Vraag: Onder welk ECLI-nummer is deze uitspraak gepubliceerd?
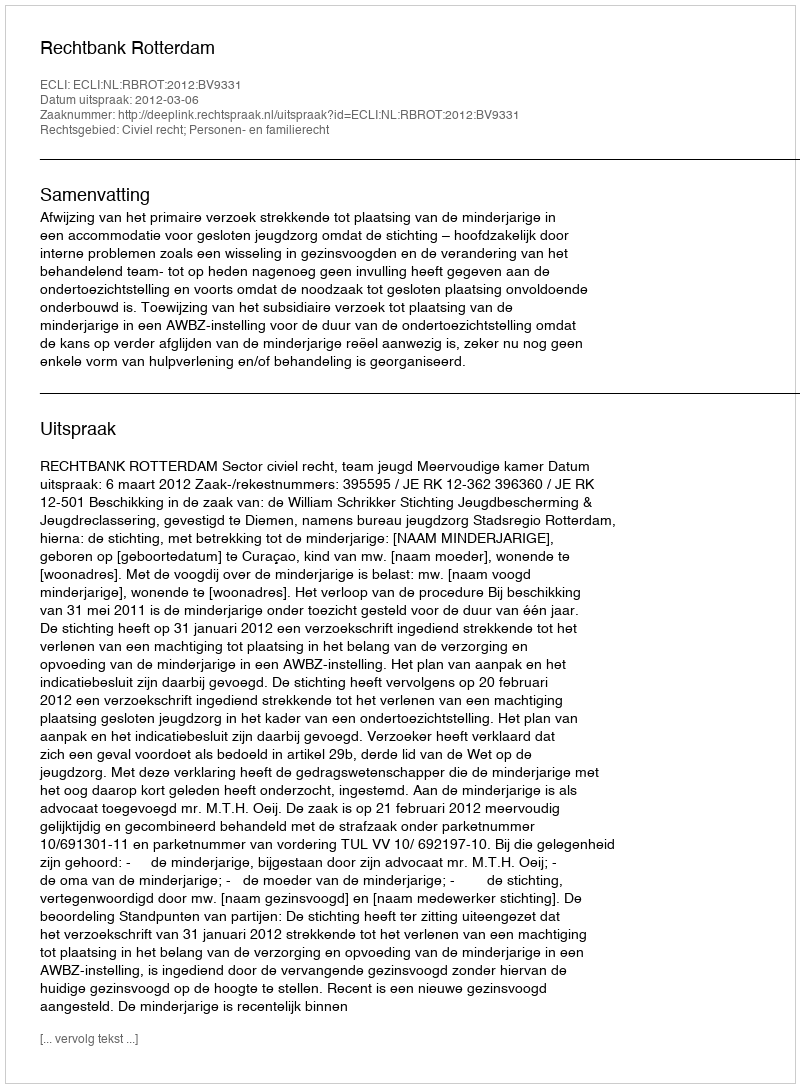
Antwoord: ECLI:NL:RBROT:2012:BV9331